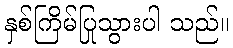
နှစ်ကြိမ်ပြုသွားပါ သည်။